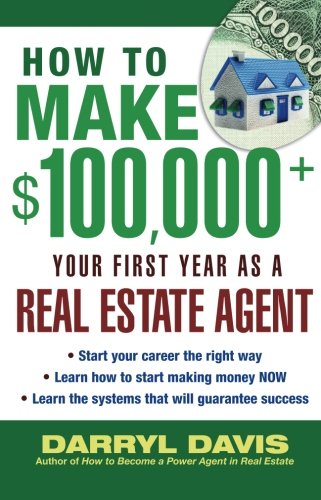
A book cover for How to Make $100,000+ Your First Year as a Real Estate Agent; Darryl Davis; Business & Money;